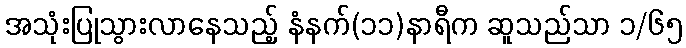
အသုံးပြုသွားလာနေသည့် နံနက်(၁၁)နာရီက ဆူသည်သာ ၁/၆၅